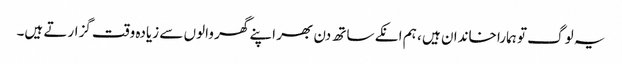
یہ لوگ تو ہمارا خاندان ہیں ، ہم انکے ساتھ دن بھر اپنے گھر والوں سے زیادہ وقت گزارتے ہیں۔